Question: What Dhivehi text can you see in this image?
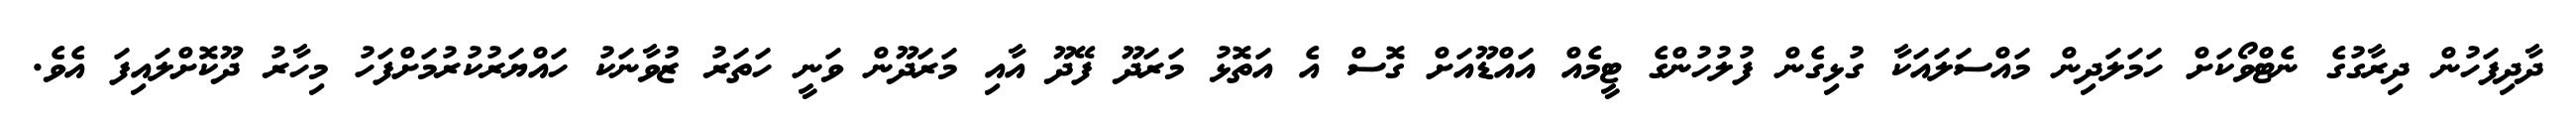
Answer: ދާދިފަހުން ދިރާގުގެ ނެޓްވޯކަށް ހަމަލަދިން މައްސަލައަކާ ގުޅިގެން ފުލުހުންގެ ޓީމެއް އައްޑޫއަށް ގޮސް އެ އަތޮޅު މަރަދޫ ފޭދޫ އާއި މަރަދޫން ވަނީ ހަތަރު ޒުވާނަކު ހައްޔަރުކުރުމަށްފަހު މިހާރު ދޫކޮށްލައިފަ އެވެ.